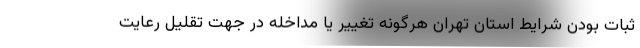
ثبات بودن شرایط استان تهران هرگونه تغییر یا مداخله در جهت تقلیل رعایت